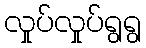
လှုပ်လှုပ်ရွရွ